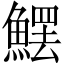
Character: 𩺩